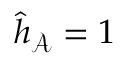
\hat { h } _ { \mathcal { A } } = 1